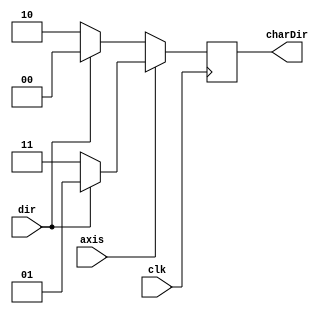
`timescale 1ns / 1ps
//////////////////////////////////////////////////////////////////////////////////
// Company: 
// Engineer: 
// 
// Design Name: 
// Module Name:    DirectionConverter 
// Project Name: 
// Target Devices: 
// Tool versions: 
// Description: 
//
// Dependencies: 
//
// Revision: 
// Revision 0.01 - File Created
// Additional Comments: 
//
//////////////////////////////////////////////////////////////////////////////////
module DirectionConverter(//Not used
input wire clk,
input wire dir,
input wire axis,
output wire[1:0] charDir
    );

reg[1:0] tempDir;

always @(posedge clk)
	begin
		if(axis)
			begin
			if(dir)
				tempDir = 1;
			else
				tempDir = 3;
			end
		else
		begin
			if(dir)
				tempDir = 0;
			else
				tempDir = 2;
			end
	end
		
assign charDir = tempDir;


endmodule